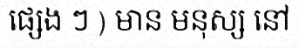
ផ្សេង ៗ ) មាន មនុស្ស នៅ